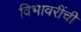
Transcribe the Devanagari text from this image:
विभावरींची